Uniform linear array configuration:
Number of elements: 24
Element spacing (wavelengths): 0.5
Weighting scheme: binomial
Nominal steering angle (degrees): -60
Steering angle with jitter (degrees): -61.922
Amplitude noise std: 0.05
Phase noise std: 0.05

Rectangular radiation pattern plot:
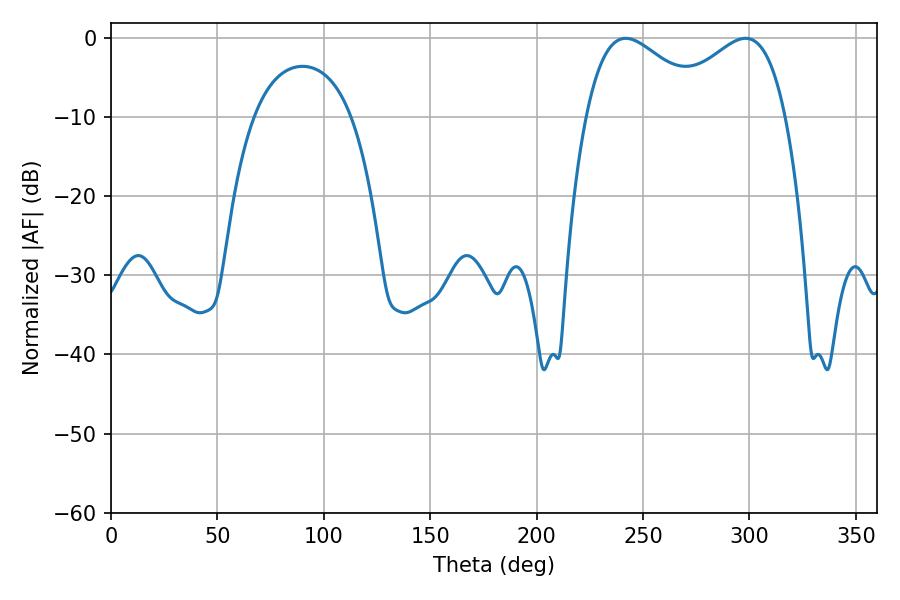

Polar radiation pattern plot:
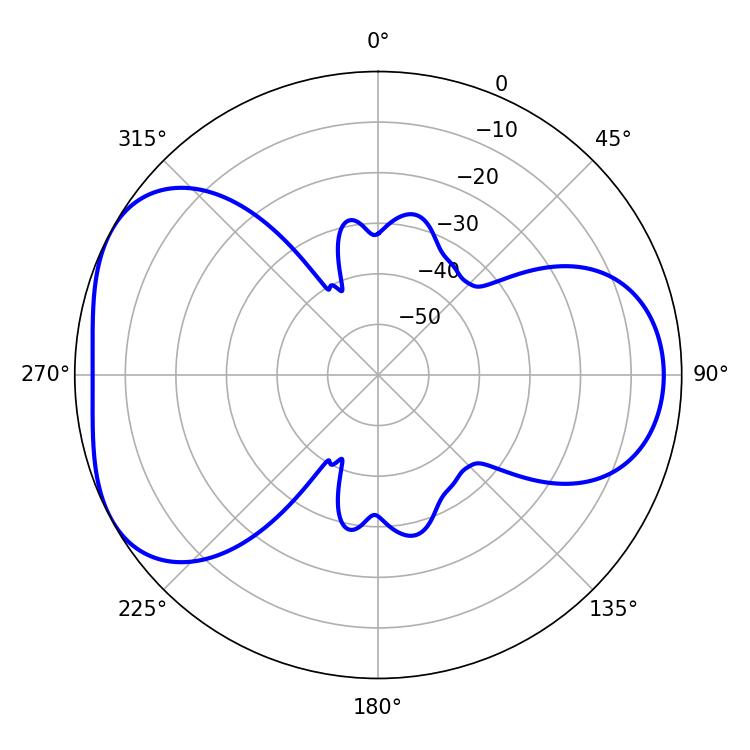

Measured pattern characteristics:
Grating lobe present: FALSE
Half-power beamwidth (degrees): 31.32
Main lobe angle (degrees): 241.92